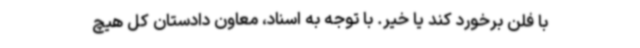
با فلن برخورد کند یا خیر. با توجه به اسناد، معاون دادستان کل هیچ